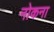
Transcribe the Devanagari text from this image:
नोकना